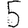
Digit: 5